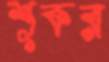
শূকর